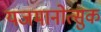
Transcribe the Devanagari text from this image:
यजमानोत्सुक